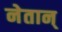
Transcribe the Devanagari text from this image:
नेतान्